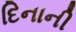
દિનાની